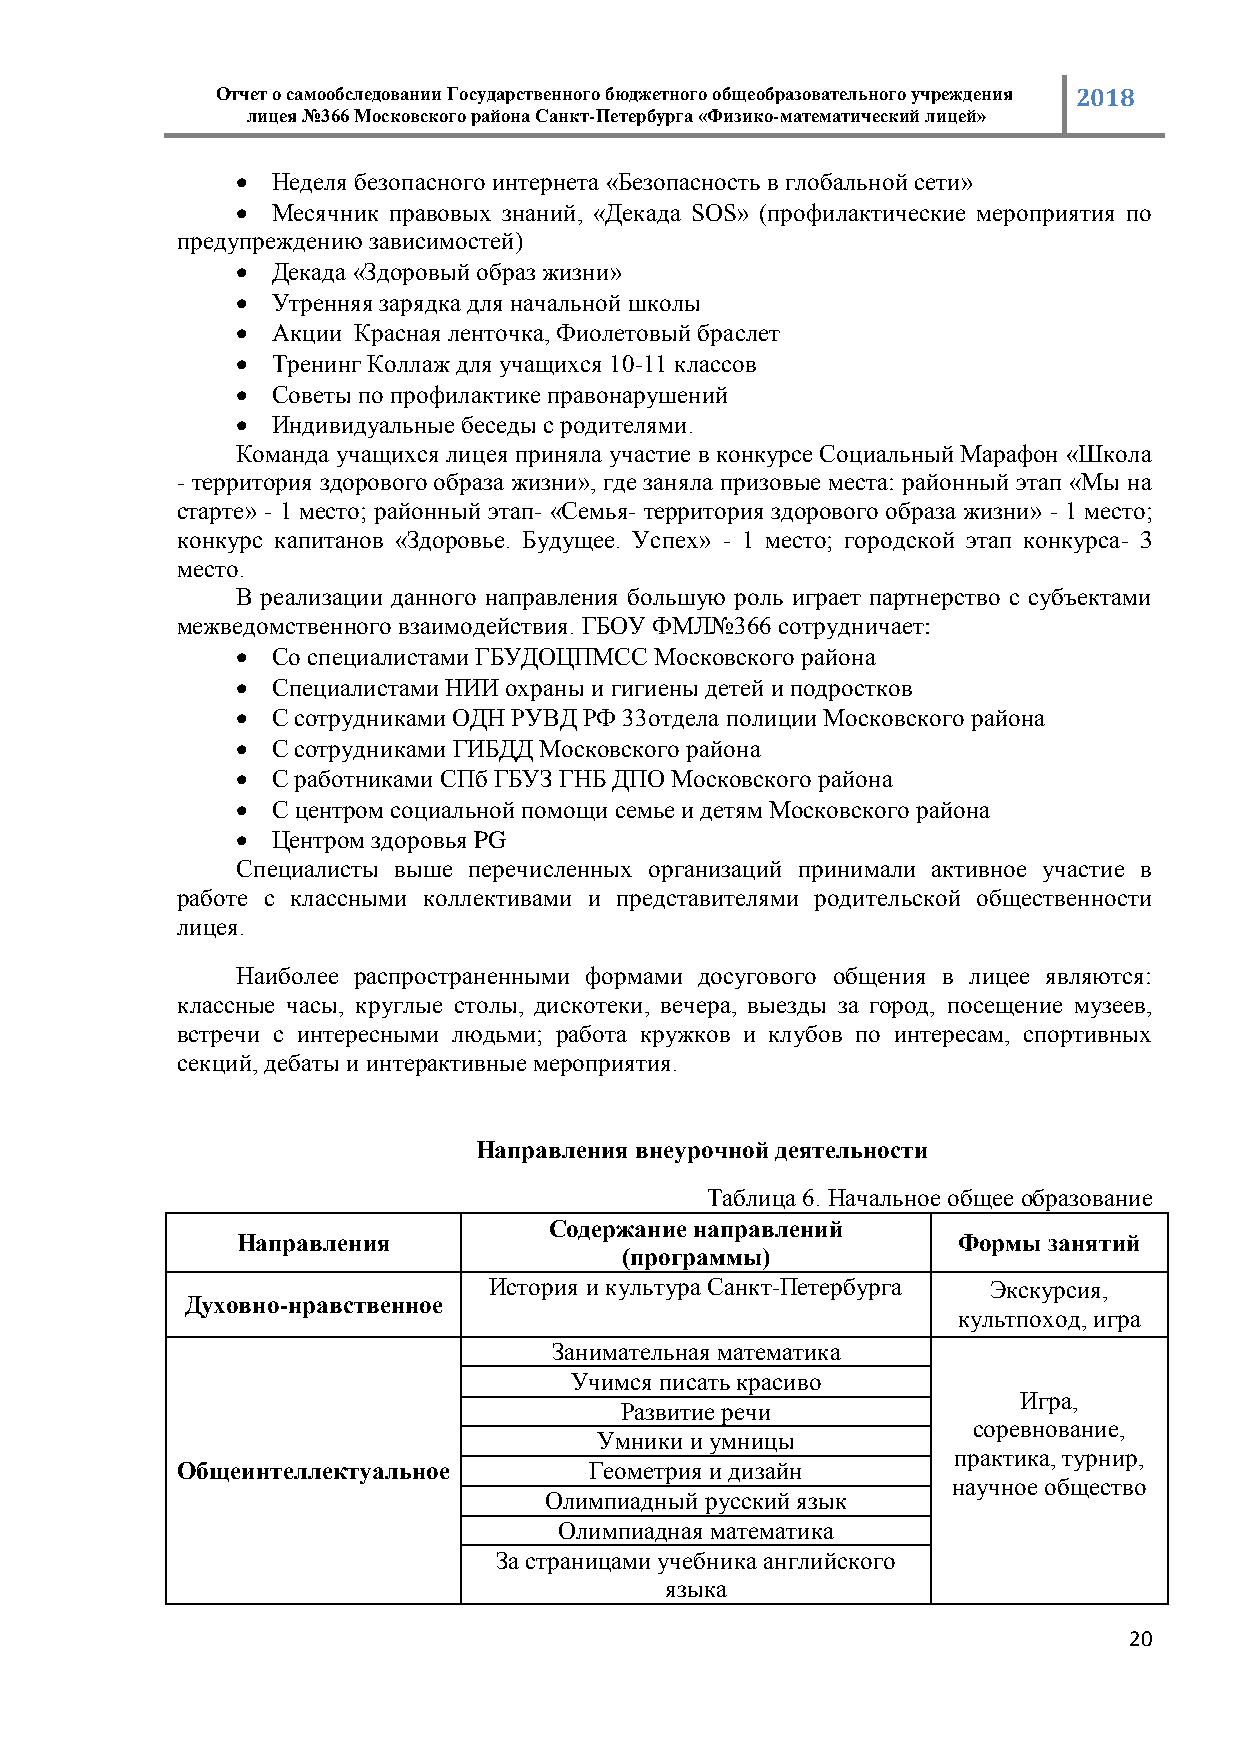
Отчет о самообследовании Государственного бюджетного общеобразовательного учреждения 2018
 лицея №366 Московского района Санкт-Петербурга «Физико-математический лицей»
  Неделя безопасного интернета «Безопасность в глобальной сети»
  Месячник правовых знаний, «Декада SOS» (профилактические мероприятия по
 предупреждению зависимостей)
  Декада «Здоровый образ жизни»
  Утренняя зарядка для начальной школы
  Акции Красная ленточка, Фиолетовый браслет
  Тренинг Коллаж для учащихся 10-11 классов
  Советы по профилактике правонарушений
  Индивидуальные беседы с родителями.
 Команда учащихся лицея приняла участие в конкурсе Социальный Марафон «Школа
 - территория здорового образа жизни», где заняла призовые места: районный этап «Мы на
 старте» - 1 место; районный этап- «Семья- территория здорового образа жизни» - 1 место;
 конкурс капитанов «Здоровье. Будущее. Успех» - 1 место; городской этап конкурса- 3
 место.
 В реализации данного направления большую роль играет партнерство с субъектами
 межведомственного взаимодействия. ГБОУ ФМЛ№366 сотрудничает:
  Со специалистами ГБУДОЦПМСС Московского района
  Специалистами НИИ охраны и гигиены детей и подростков
  С сотрудниками ОДН РУВД РФ 33отдела полиции Московского района
  С сотрудниками ГИБДД Московского района
  С работниками СПб ГБУЗ ГНБ ДПО Московского района
  С центром социальной помощи семье и детям Московского района
  Центром здоровья PG
 Специалисты выше перечисленных организаций принимали активное участие в
 работе с классными коллективами и представителями родительской общественности
 лицея.
 Наиболее распространенными формами досугового общения в лицее являются:
 классные часы, круглые столы, дискотеки, вечера, выезды за город, посещение музеев,
 встречи с интересными людьми; работа кружков и клубов по интересам, спортивных
 секций, дебаты и интерактивные мероприятия.
 Направления внеурочной деятельности
 Таблица 6. Начальное общее образование
 Содержание направлений
 Направления                                    Формы занятий
 (программы)
 История и культура Санкт-Петербурга Экскурсия,
 Духовно-нравственное
 культпоход, игра
 Занимательная математика
 Учимся писать красиво
 Игра,
 Развитие речи
 соревнование,
 Умники и умницы
 практика, турнир,
 Общеинтеллектуальное       Геометрия и дизайн
 научное общество
 Олимпиадный русский язык
 Олимпиадная математика
 За страницами учебника английского
 языка
 20